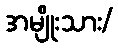
အမျိုးသား/